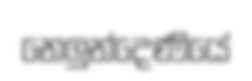
නෙලුන්දෙණියේ